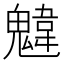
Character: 𩳷